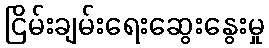
ငြိမ်းချမ်းရေးဆွေးနွေးမှု